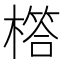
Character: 㯚